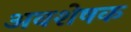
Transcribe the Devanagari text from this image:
अवशेषक